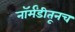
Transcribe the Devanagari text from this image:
नॉर्मंडीतूनच